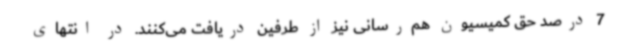
7 درصد حق کمیسیون هم‌رسانی نیز از طرفین دریافت می‌کنند. در انتهای